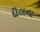
દીલના